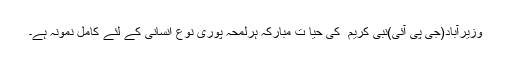
وزیرآباد(جی پی آئی)نبی کریم ۖ کی حیا ت مبارکہ ہرلمحہ پوری نوع انسانی کے لئے کامل نمونہ ہے۔